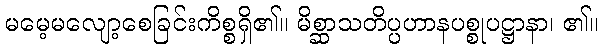
မမေ့မလျော့စေခြင်းကိစ္စရှိ၏။ မိစ္ဆာသတိပ္ပဟာနပစ္စုပဋ္ဌာနာ၊ ၏။